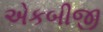
એકબીજી